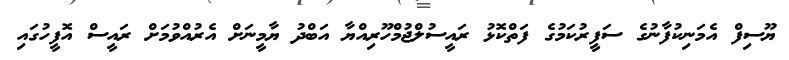
ޔޫސިފް އެމަނިކުފާނުގެ ސަފީރުކަމުގެ ފަތްކޮޅު ރައީސުލްޖުމްހޫރިއްޔާ އަބްދު ޔާމީނަށް އެރުއްވުމަށް ރައީސް އޮފީހުގައި